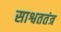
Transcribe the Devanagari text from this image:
साश्वततंत्र